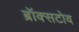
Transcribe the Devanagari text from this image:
ब्रॉक्सटोव